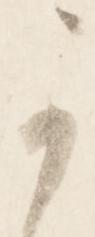
可